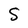
Character: S